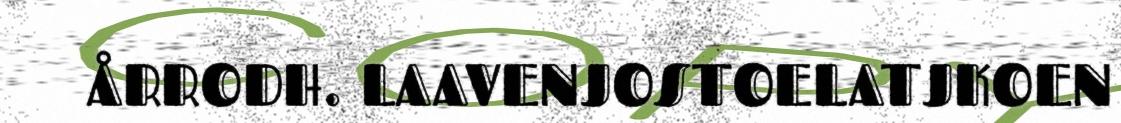
ÅRRODH. LAAVENJOSTOELATJKOEN